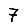
Digit: 7